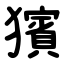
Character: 獱